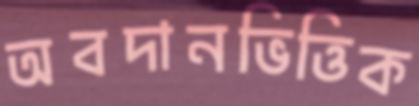
অবদানভিত্তিক